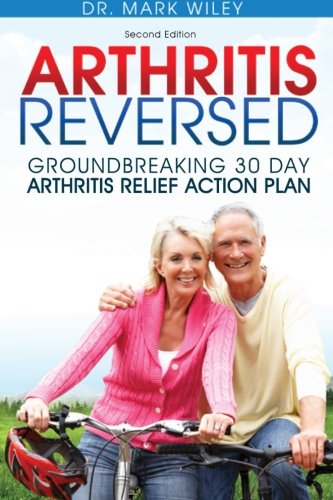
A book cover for Arthritis Reversed: Groundbreaking 30-Day Arthritis Relief Action Plan; Mark V. Wiley; Health, Fitness & Dieting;